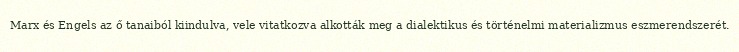
Marx és Engels az ő tanaiból kiindulva, vele vitatkozva alkották meg a dialektikus és történelmi materializmus eszmerendszerét.